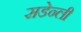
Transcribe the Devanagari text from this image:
सडेन्ली